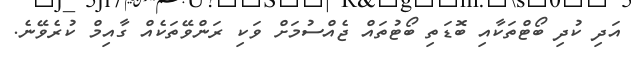
އަދި ކުދި ބޯޓްތަކާއި ބޮޑަތި ބޯޓުތައް ޖެއްސުމަށް ވަކި ރަންވޭތަކެއް ގާއިމް ކުރެވޭނެ.